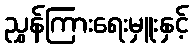
ညွှန်ကြားရေးမှူးနှင့်